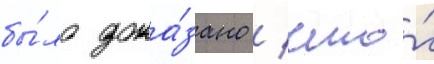
бы́ло дока́зано / что́